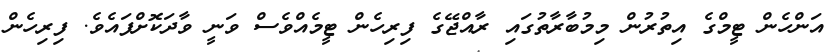
އަންހެން ޓީމްގެ އިތުރުން މިމުބާރާތުގައި ރާއްޖޭގެ ފިރިހެން ޓީމެއްވެސް ވަނީ ވާދަކޮށްފައެވެ. ފިރިހެން